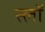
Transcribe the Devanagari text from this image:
स्लॉ